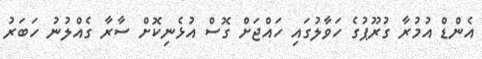
އެންޑް އުމުރާ ގުރޫޕުގެ ހަވާލުގައި ހައްޖަށް ގޮސް އުޅެނިކޮށް ސާރާ ގެއްލުނު ހަބަރު